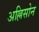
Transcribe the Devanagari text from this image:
अल्लिसोन